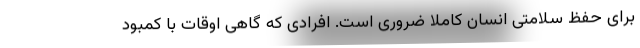
برای حفظ سلامتی انسان کاملا ضروری است. افرادی که گاهی اوقات با کمبود